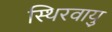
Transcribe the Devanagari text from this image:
स्थिरवायु